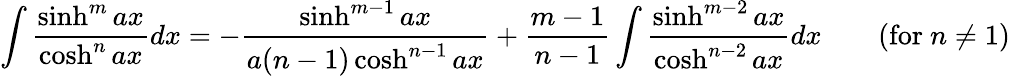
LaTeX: \int{\frac{\sinh^{m}ax}{\cosh^{n}ax}}dx=-{\frac{\sinh^{m-1}ax}{a(n-1)\cosh^{n-1}ax}}+{\frac{m-1}{n-1}}\int{\frac{\sinh^{m-2}ax}{\cosh^{n-2}ax}}dx\qquad{\mathrm{(for~}}n\neq 1{\mathrm{)}}